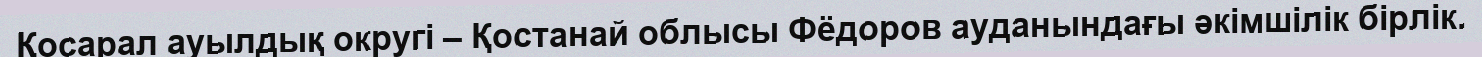
Қосарал ауылдық округі – Қостанай облысы Фёдоров ауданындағы әкімшілік бірлік.